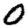
Digit: 0